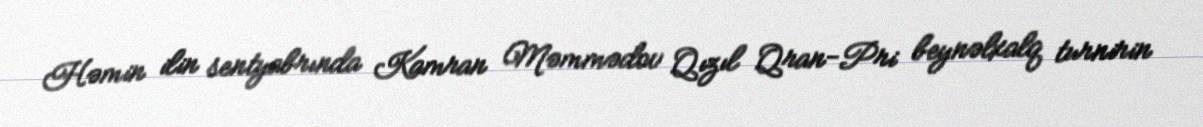
Həmin ilin sentyabrında Kamran Məmmədov Qızıl Qran-Pri beynəlxalq turnirin